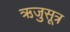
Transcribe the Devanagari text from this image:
ऋजुसूत्र